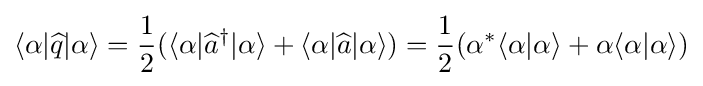
\langle \alpha |{\widehat {q}}|\alpha \rangle ={\frac {1}{2}}(\langle \alpha |{\widehat {a}}^{\dagger }|\alpha \rangle +\langle \alpha |{\widehat {a}}|\alpha \rangle )={\frac {1}{2}}(\alpha ^{*}\langle \alpha |\alpha \rangle +\alpha \langle \alpha |\alpha \rangle )